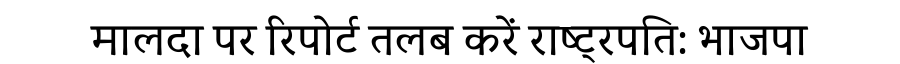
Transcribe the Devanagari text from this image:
मालदा पर रिपोर्ट तलब करें राष्ट्रपति: भाजपा